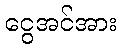
ငွေအင်အား